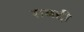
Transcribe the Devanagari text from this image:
सबद्दी